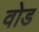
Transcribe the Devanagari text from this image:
वोड